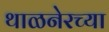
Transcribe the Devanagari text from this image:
थाळनेरच्या